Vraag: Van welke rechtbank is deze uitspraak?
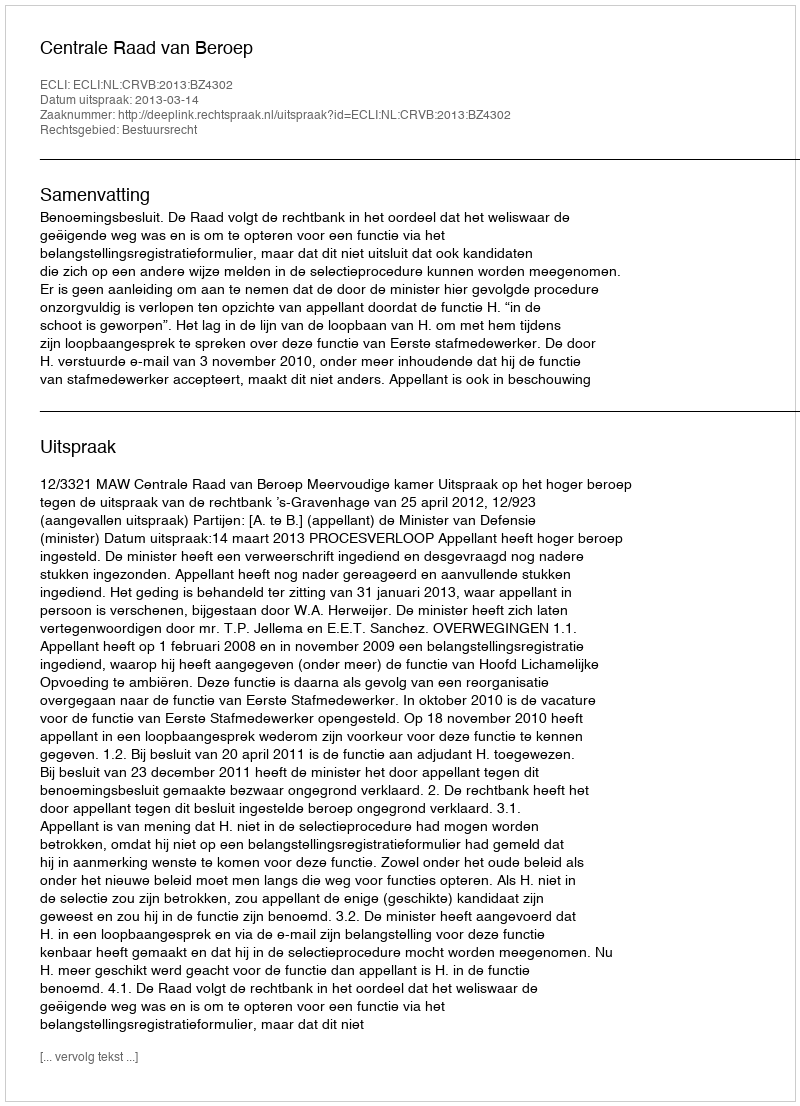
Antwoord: Centrale Raad van Beroep